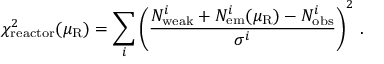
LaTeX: \chi _ { \mathrm { r e a c t o r } } ^ { 2 } ( \mu _ { \mathrm { R } } ) = \sum _ { i } \left( \frac { N _ { \mathrm { w e a k } } ^ { i } + N _ { \mathrm { e m } } ^ { i } ( \mu _ { \mathrm { R } } ) - N _ { \mathrm { o b s } } ^ { i } } { \sigma ^ { i } } \right) ^ { 2 } \, .